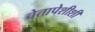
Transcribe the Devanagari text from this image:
चेतापेशीशी